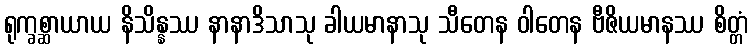
ရုက္ခစ္ဆာယာယ နိသိန္နဿ နာနာဒိသာသု ခါယမာနာသု သီတေန ဝါတေန ဗီဇိယမာနဿ စိတ္တံ